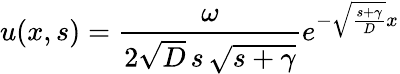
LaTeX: u(x,s)=\frac{\omega}{2\sqrt{D}\, s\, \sqrt{s+\gamma}}e^{-\sqrt{\frac{s+\gamma}{D}}x}